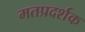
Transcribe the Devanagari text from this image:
मतप्रदर्शक